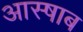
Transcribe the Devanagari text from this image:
आस्षाब